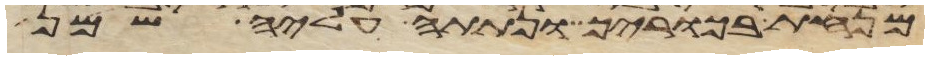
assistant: מנחת בכוריך ונתתה עליה שמן